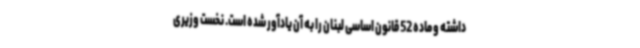
داشته و ماده 52 قانون اساسی لبنان را به آن یادآور شده است. نخست وزیری